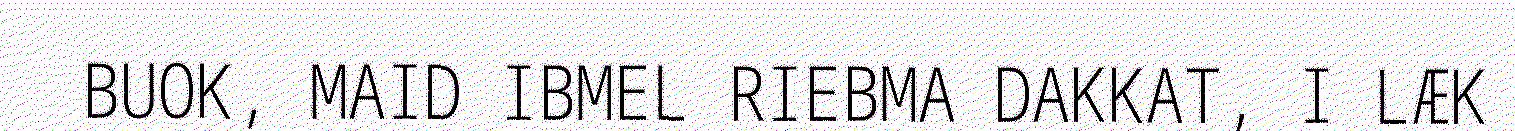
BUOK, MAID IBMEL RIEBMA DAKKAT, I LÆK